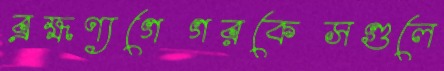
ব্রহ্মণ্যগেগরকেসগুলে